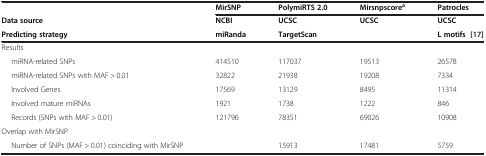
<table><thead><tr><td><b> </b></td><td><b>MirSNP</b></td><td><b>PolymiRTS 2.0</b></td><td><b>Mirsnpscore<sup>a</sup></b></td><td><b>Patrocles</b></td></tr></thead><tbody><tr><td><b>Data source</b></td><td><b>NCBI</b></td><td><b>UCSC</b></td><td><b>UCSC</b></td><td><b>UCSC</b></td></tr><tr><td><b>Predicting strategy</b></td><td><b>miRanda</b></td><td><b>TargetScan</b></td><td> </td><td><b>L motifs</b>[17]</td></tr><tr><td colspan="5">Results</td></tr><tr><td>miRNA-related SNPs</td><td>414510</td><td>117037</td><td>19513</td><td>26578</td></tr><tr><td>miRNA-related SNPs with MAF &gt; 0.01</td><td>32822</td><td>21938</td><td>19208</td><td>7334</td></tr><tr><td>Involved Genes</td><td>17569</td><td>13129</td><td>8495</td><td>11314</td></tr><tr><td>Involved mature miRNAs</td><td>1921</td><td>1738</td><td>1222</td><td>846</td></tr><tr><td>Records (SNPs with MAF &gt; 0.01)</td><td>121796</td><td>78351</td><td>69026</td><td>10908</td></tr><tr><td colspan="5">Overlap with MirSNP</td></tr><tr><td>Number of SNPs (MAF &gt; 0.01) coinciding with MirSNP</td><td> </td><td>15913</td><td>17481</td><td>5759</td></tr></tbody></table>